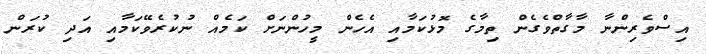
އިސްވެރިންނާ މާގާތްވެގެން ތިމާގެ މޮޅުކަމާއި އެހެން މީހުންނަށް ކަމެއް ނުކުރެވޭކަމާއި އަދި ކުރަން